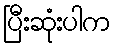
ပြီးဆုံးပါက